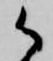
御